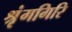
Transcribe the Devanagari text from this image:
श्रृंगगिरि